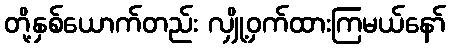
တို့နှစ်ယောက်တည်း လျှို့ဝှက်ထားကြမယ်နော်